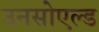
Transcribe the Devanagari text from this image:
उनसोएल्ड